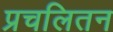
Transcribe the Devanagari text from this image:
प्रचलितन